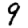
Digit: 9